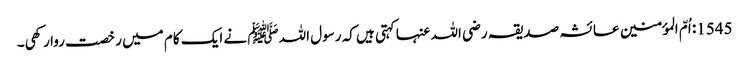
1545: اُمّ المؤمنین عائشہ صدیقہ رضی اللہ عنہا کہتی ہیں کہ رسول اللہﷺ نے ایک کام میں رخصت روا رکھی۔